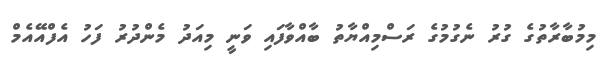
މިމުބާރާތުގެ ގުރު ނެގުމުގެ ރަސްމިއްޔާތު ބާއްވާފައި ވަނީ މިއަދު މެންދުރު ފަހު އެފްއޭއެމް